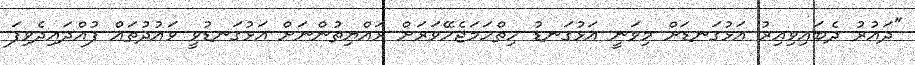
"ދައުރު ދެބައިވިއިރު އަޅުގަނޑަށް މިވަނީ އަޅުގަނޑު ހިތްހަމަޖެހޭވަރަށް ރައްޔިތުންނަށް އަޅުގަނޑުވީ ވައުދުތައް ފުއްދައިދެވިފަ